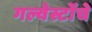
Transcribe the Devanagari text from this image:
गल्वेस्टोंचे